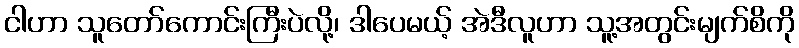
ငါဟာ သူတော်ကောင်းကြီးပဲလို့၊ ဒါပေမယ့် အဲဒီလူဟာ သူ့အတွင်းမျက်စိကို